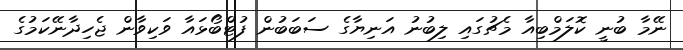
ނޭމާ ބުނީ ކޮލަމްބިއާ މެޗުގައި ލިބުނު އަނިޔާގެ ސަބަބުން ފުޓްބޯޅައާ ވަކިވާން ޖެހިދާނޭކަމުގެ